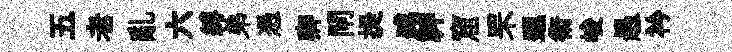
五老亂六縛弟憑卿閘提臧神窟罘邐術峻愚衿